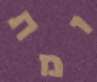
ומת